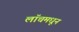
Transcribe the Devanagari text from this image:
लॉचमधून